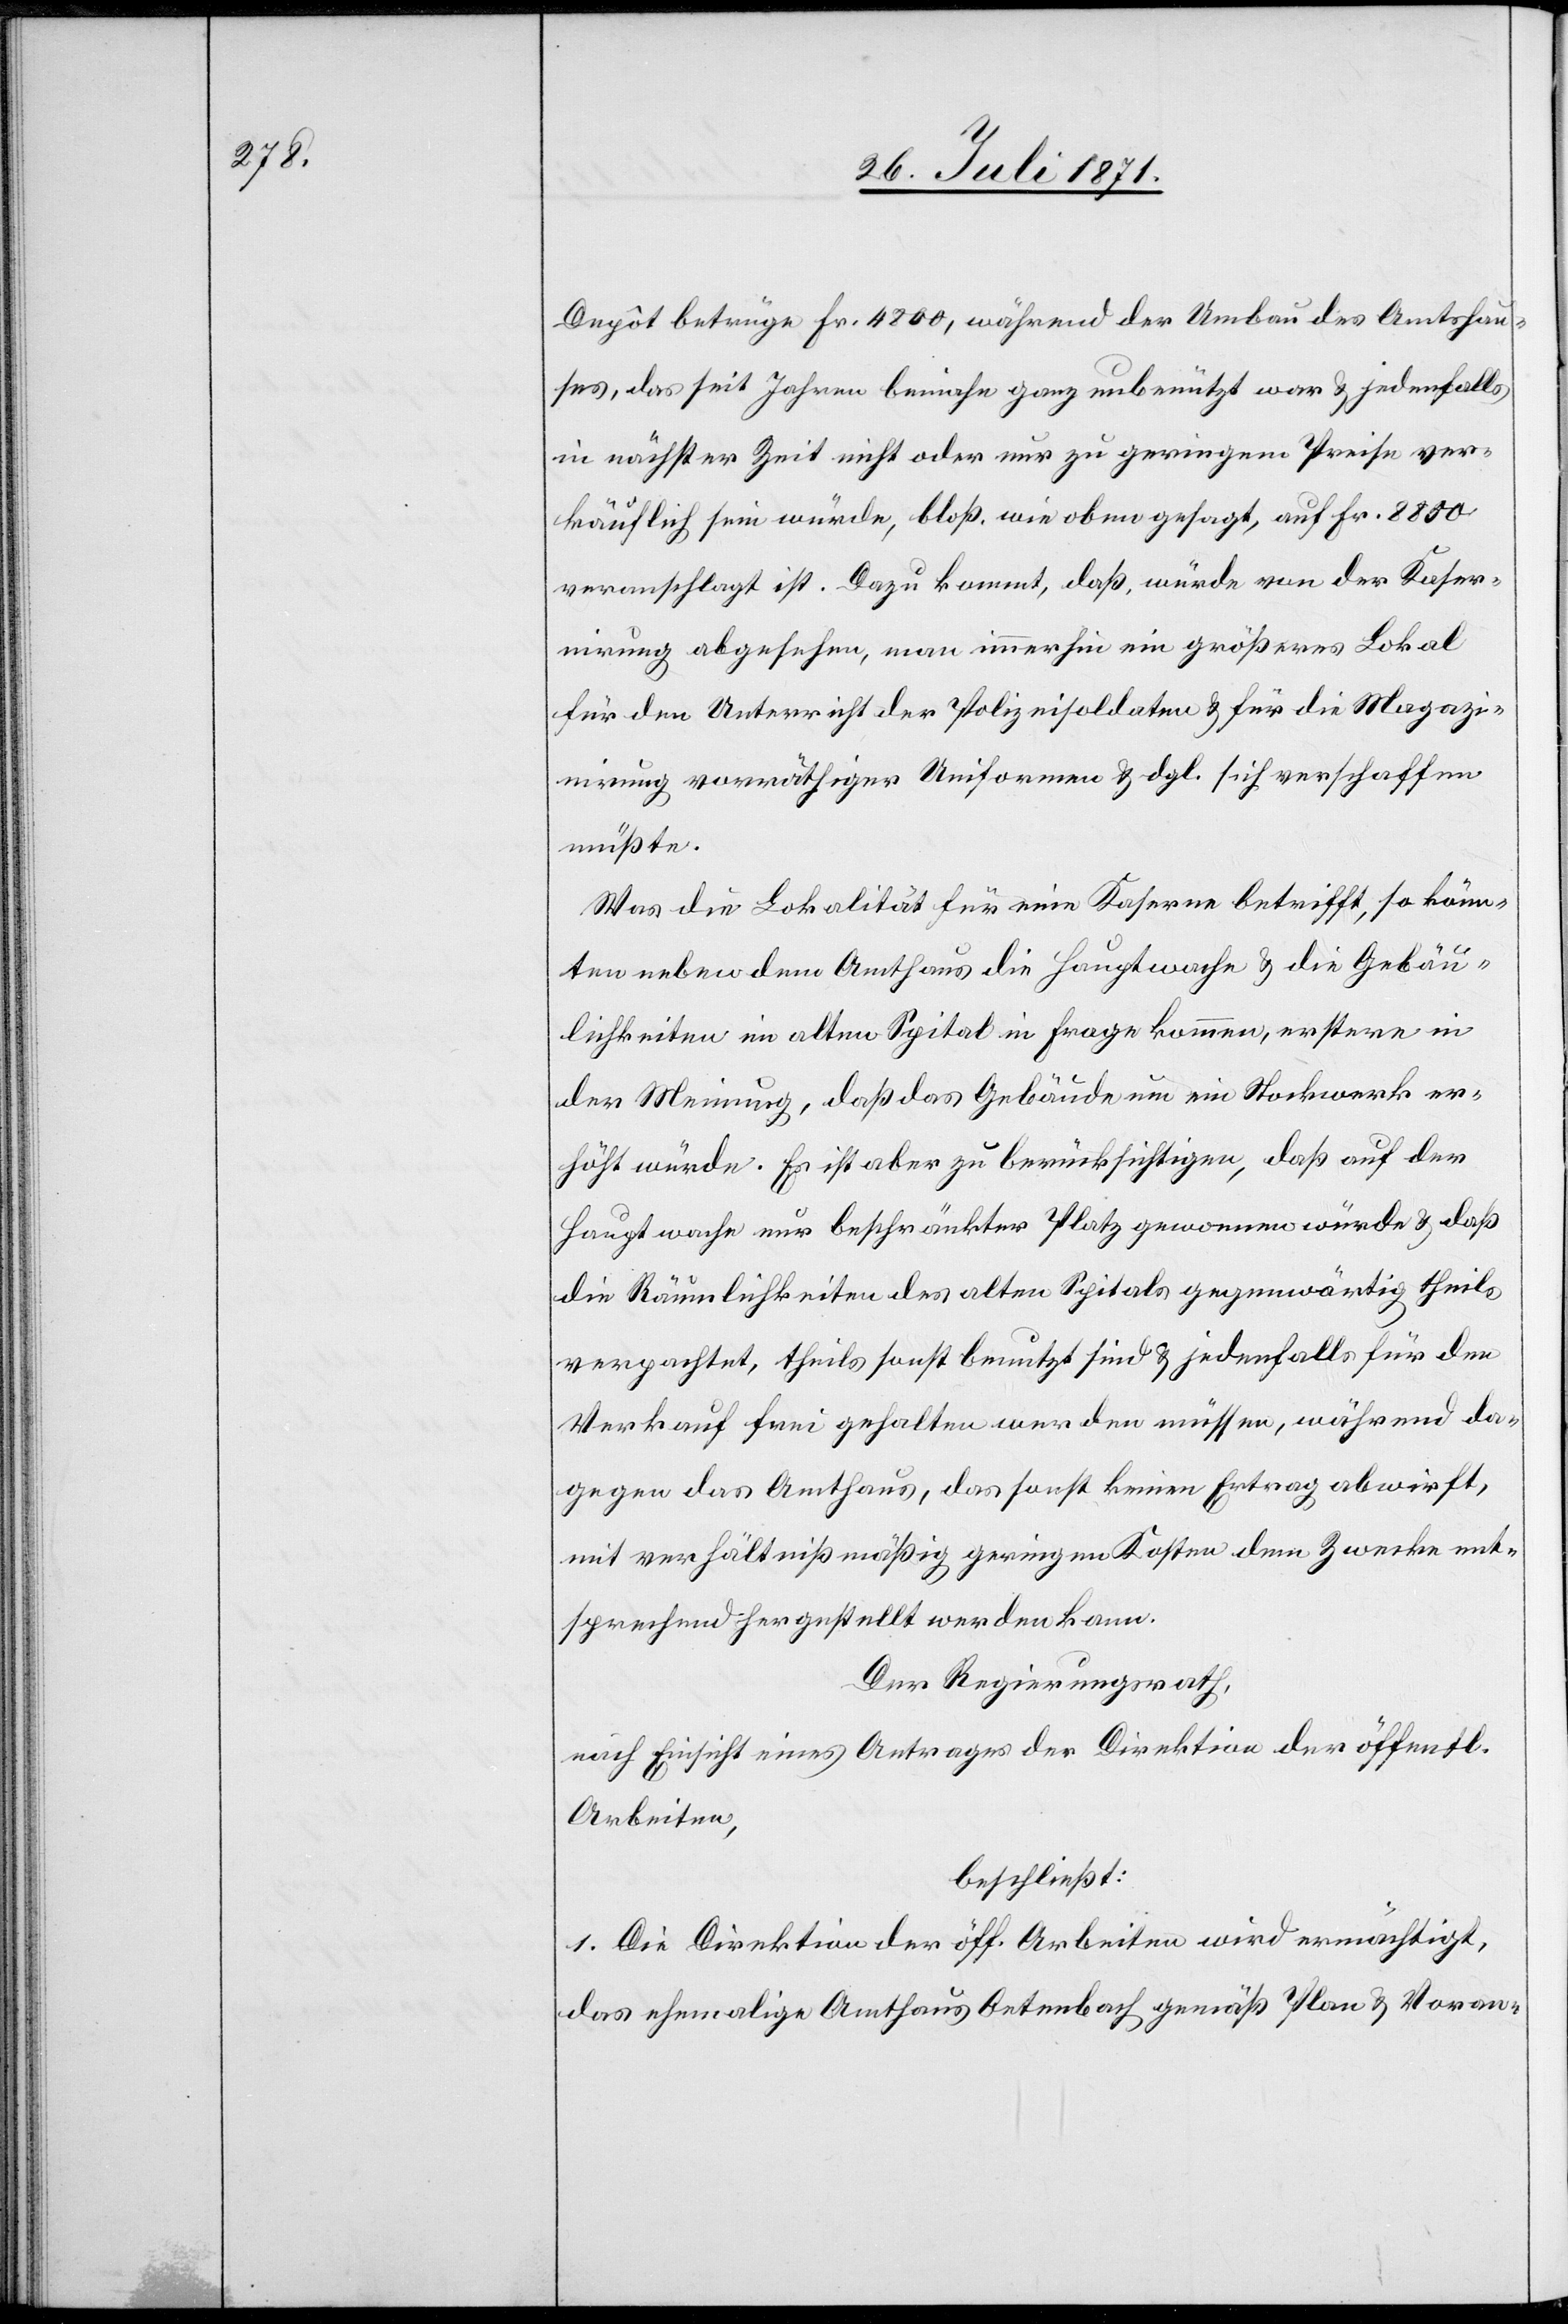
Depôt betrüge Fr. 4800, während der Umbau des Amtshau¬
ses, das seit Jahren beinahe ganz unbenützt war u. jedenfalls
in nächster Zeit nicht oder nur zu geringem Preise ver¬
käuflich sein würde, bloß wie oben gesagt, auf Fr. 8800
veranschlagt ist. Dazu kommt, daß, würde von der Kaser¬
nirung abgesehen, man immerhin ein größeres Lokal
für den Unterricht der Polizeisoldaten u. für die Magazi¬
nirung vorräthiger Uniformen u. dgl. sich verschaffen
müßte.
Was die Lokalität für eine Kaserne betrifft, so könn¬
ten neben dem Amtshaus die Hauptwache u. die Gebäu¬
lichkeiten im alten Spital in Frage kommen, erstere in
der Meinung, daß das Gebäude um ein Stockwerk er¬
höht würde. Es ist aber zu berücksichtigen, daß auf der
Hauptwache nur beschränkter Platz genommen würde u. daß
die Räumlichkeiten des alten Spitals gegenwärtig theils
verpachtet, theils sonst benutzt sind u. jedenfalls für den
Verkauf frei gehalten werden müssen, während da¬
gegen das Amthaus, das sonst keinen Ertrag abwirft,
mit verhältnißmäßig geringen Kosten dem Zwecke ent¬
sprechend hergestellt werden kann.
Der Regierungsrath,
nach Einsicht eines Antrages der Direktion der öffentl.
Arbeiten,
beschließt:
1. Die Direktion der öff. Arbeiten wird ermächtigt,
das ehemalige Amthaus Oetenbach gemäß Plan u. Voran-